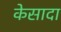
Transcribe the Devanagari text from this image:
केसादा